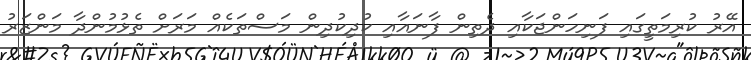
އޭރު ކުރިމަތީގައި ފަނިހަންޖަކާއި ދެތިން ފާނައާއި ކުދިކުދިން މަސްތަކެއް މަރަށް ތެޅުމުންދާ މަންޒަރު